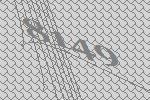
8149